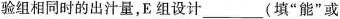
验组相同时的出汁量，E组设计_________(填”能”或